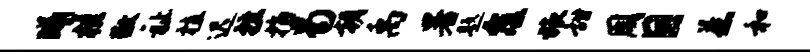
曦桂敬祉植迟挫指曷朝禹暑题覆旅甜周目惹和